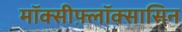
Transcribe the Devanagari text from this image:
मॉक्सीफ़्लॉक्सासिन